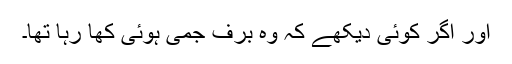
اور اگر کوئی دیکھے کہ وہ برف جمی ہوئی کھا رہا تھا۔